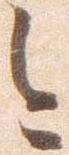
今